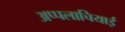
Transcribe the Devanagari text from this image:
अप्पलाचियाई